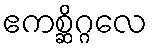
ဧကစ္ဆိဂ္ဂလေ